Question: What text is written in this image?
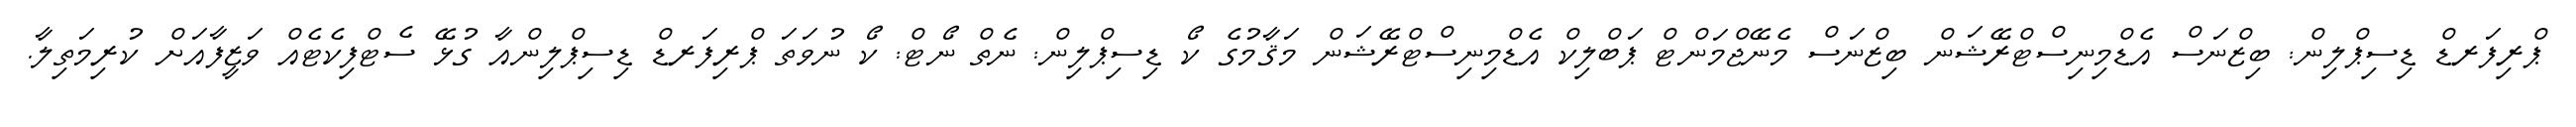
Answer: ޕްރިފަރޑް ޑިސިޕްލިން: ބިޒްނަސް އެޑްމިނިސްޓްރޭޝަން ބިޒްނަސް މެނޭޖްމަންޓް ޕަބްލިކް އެޑްމިނިސްޓްރޭޝަން މަޤާމުގެ ކޯ ޑިސިޕްލިން: ނެތް ނޯޓް: ކޯ ނުވަތަ ޕްރިފަރޑް ޑިސިޕްލިންއާ ގުޅޭ ސެޓްފިކެޓެއް ވަޒީފާއަށް ކުރިމަތިލާ.